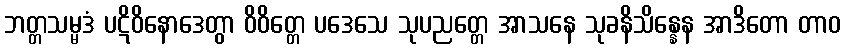
ဘတ္တသမ္မဒံ ပဋိဝိနောဒေတွာ ဝိဝိတ္တေ ပဒေသေ သုပညတ္တေ အာသနေ သုခနိသိန္နေန အာဒိတော တာဝ